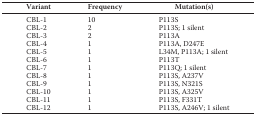
| Variant | Frequency | Mutation(s) |
 | --- | --- | --- |
 | CBL-1 | 10 | P113S |
 | CBL-2 | 2 | P113S; 1 silent |
 | CBL-3 | 2 | P113A |
 | CBL-4 | 1 | P113A, D247E |
 | CBL-5 | 1 | L34M, P113A; 1 silent |
 | CBL-6 | 1 | P113T |
 | CBL-7 | 1 | P113Q; 1 silent |
 | CBL-8 | 1 | P113S, A237V |
 | CBL-9 | 1 | P113S, N321S |
 | CBL-10 | 1 | P113S, A325V |
 | CBL-11 | 1 | P113S, F331T |
 | CBL-12 | 1 | P113S, A246V; 1 silent |